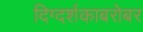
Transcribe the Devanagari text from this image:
दिग्दर्शकाबरोबर